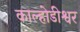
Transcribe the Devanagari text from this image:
काल्होडीश्वर